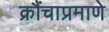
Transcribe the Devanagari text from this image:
क्रौंचाप्रमाणे